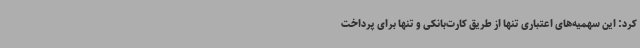
کرد: این سهمیه‌های اعتباری تنها از طریق کارت‌بانکی و تنها برای پرداخت